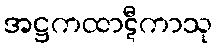
အဋ္ဌကထာဋီကာသု